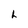
Character: h